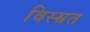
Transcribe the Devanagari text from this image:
विस्म्रत